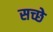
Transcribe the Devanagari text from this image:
सच्छे